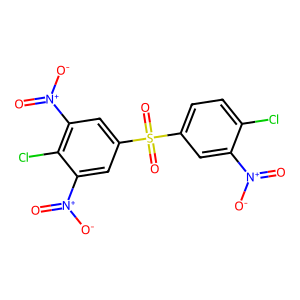
SMILES: O=[N+]([O-])c1cc(S(=O)(=O)c2cc([N+](=O)[O-])c(Cl)c([N+](=O)[O-])c2)ccc1Cl
Inhibits HIV replication: No